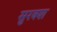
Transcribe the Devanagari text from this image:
सुरक्श